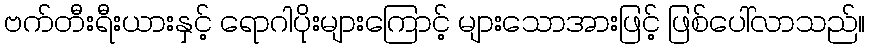
ဗက်တီးရီးယားနှင့် ရောဂါပိုးများကြောင့် များသောအားဖြင့် ဖြစ်ပေါ်လာသည်။